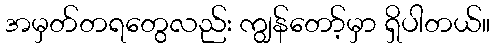
အမှတ်တရတွေလည်း ကျွန်တော့်မှာ ရှိပါတယ်။